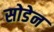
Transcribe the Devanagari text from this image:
सोडेन